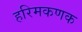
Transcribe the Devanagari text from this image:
हरिमकणक